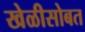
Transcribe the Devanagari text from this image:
खेळीसोबत